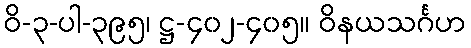
ဝိ-၃-ပါ-၃၉၅၊ ဋ္ဌ-၄၀၂-၄၀၅။ ဝိနယသင်္ဂဟ